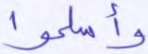
وأسلموا